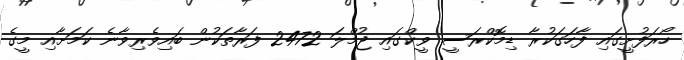
ހޯރަފުށީގައި ފާހަގަކުރާ ޑިމޮކްރަސީ ވީކްގައި ޖުމްލަ 2472 ފަރާތަކުން ބައިވެރިވާނެ ކަމަށާއި މީގެ